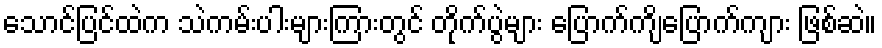
သောင်ပြင်ထဲက သဲကမ်းပါးများကြားတွင် တိုက်ပွဲများ ပြောက်ကျိပြောက်ကျား ဖြစ်ဆဲ။